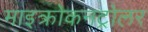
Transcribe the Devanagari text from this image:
माइक्रोकनट्रोलर